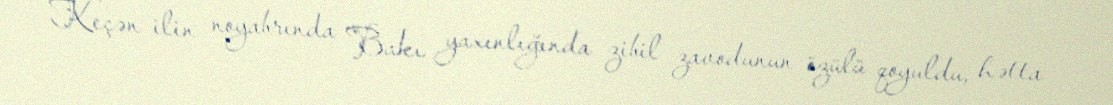
Keçən ilin noyabrında Bakı yaxınlığında zibil zavodunun özülü qoyuldu, hətta